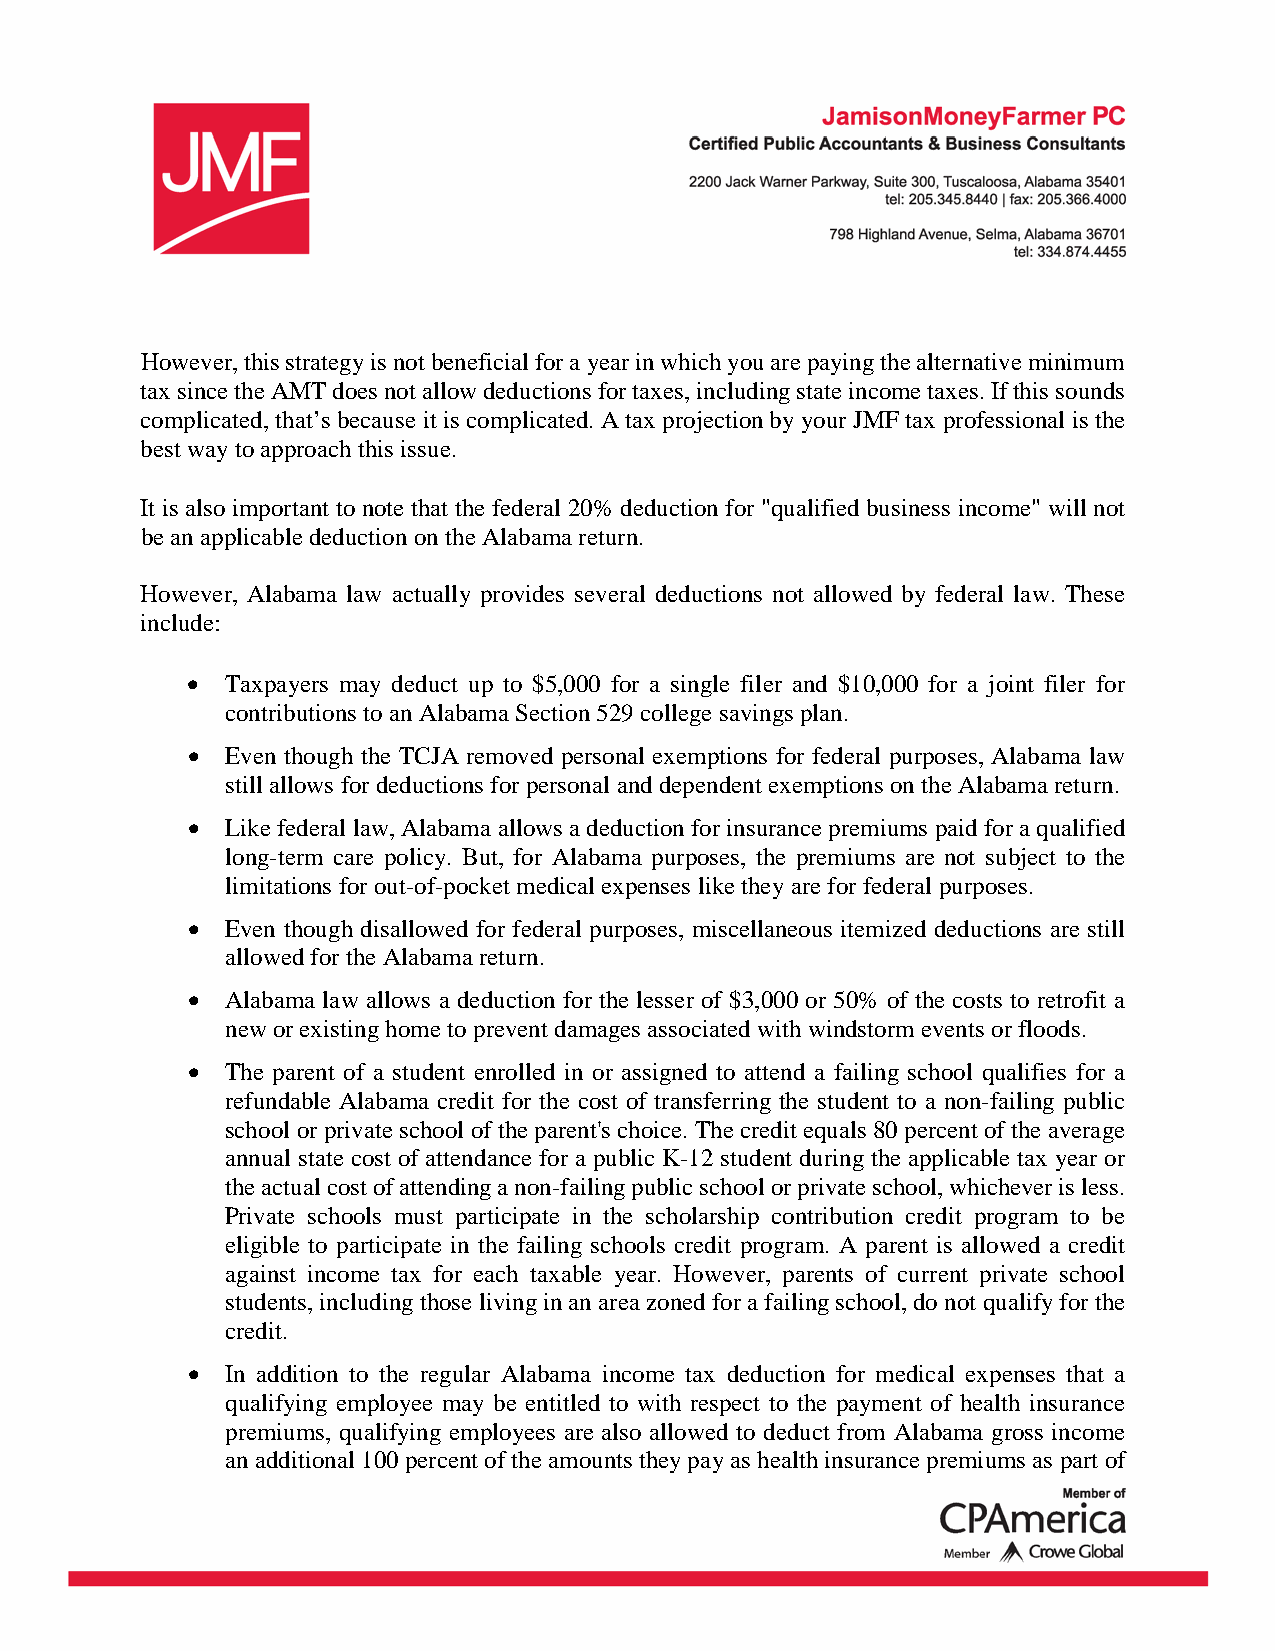
However, this strategy is not beneficial for a year in which you are paying the alternative minimum
 tax since the AMT does not allow deductions for taxes, including state income taxes. If this sounds
 complicated, that’s because it is complicated. A tax projection by your JMF tax professional is the
 best way to approach this issue.
 It is also important to note that the federal 20% deduction for "qualified business income" will not
 be an applicable deduction on the Alabama return.
 However, Alabama law actually provides several deductions not allowed by federal law. These
 include:
 •  Taxpayers may deduct up to $5,000 for a single filer and $10,000 for a joint filer for
 contributions to an Alabama Section 529 college savings plan.
 •  Even though the TCJA removed personal exemptions for federal purposes, Alabama law
 still allows for deductions for personal and dependent exemptions on the Alabama return.
 •  Like federal law, Alabama allows a deduction for insurance premiums paid for a qualified
 long-term care policy. But, for Alabama purposes, the premiums are not subject to the
 limitations for out-of-pocket medical expenses like they are for federal purposes.
 •  Even though disallowed for federal purposes, miscellaneous itemized deductions are still
 allowed for the Alabama return.
 •  Alabama law allows a deduction for the lesser of $3,000 or 50% of the costs to retrofit a
 new or existing home to prevent damages associated with windstorm events or floods.
 •  The parent of a student enrolled in or assigned to attend a failing school qualifies for a
 refundable Alabama credit for the cost of transferring the student to a non-failing public
 school or private school of the parent's choice. The credit equals 80 percent of the average
 annual state cost of attendance for a public K-12 student during the applicable tax year or
 the actual cost of attending a non-failing public school or private school, whichever is less.
 Private schools must participate in the scholarship contribution credit program to be
 eligible to participate in the failing schools credit program. A parent is allowed a credit
 against income tax for each taxable year. However, parents of current private school
 students, including those living in an area zoned for a failing school, do not qualify for the
 credit.
 •  In addition to the regular Alabama income tax deduction for medical expenses that a
 qualifying employee may be entitled to with respect to the payment of health insurance
 premiums, qualifying employees are also allowed to deduct from Alabama gross income
 an additional 100 percent of the amounts they pay as health insurance premiums as part of